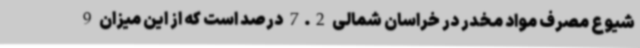
شیوع مصرف مواد مخدر در خراسان شمالی 7.2 درصد است که از این میزان 9